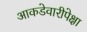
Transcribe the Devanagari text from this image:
आकडेवारीपेक्षा